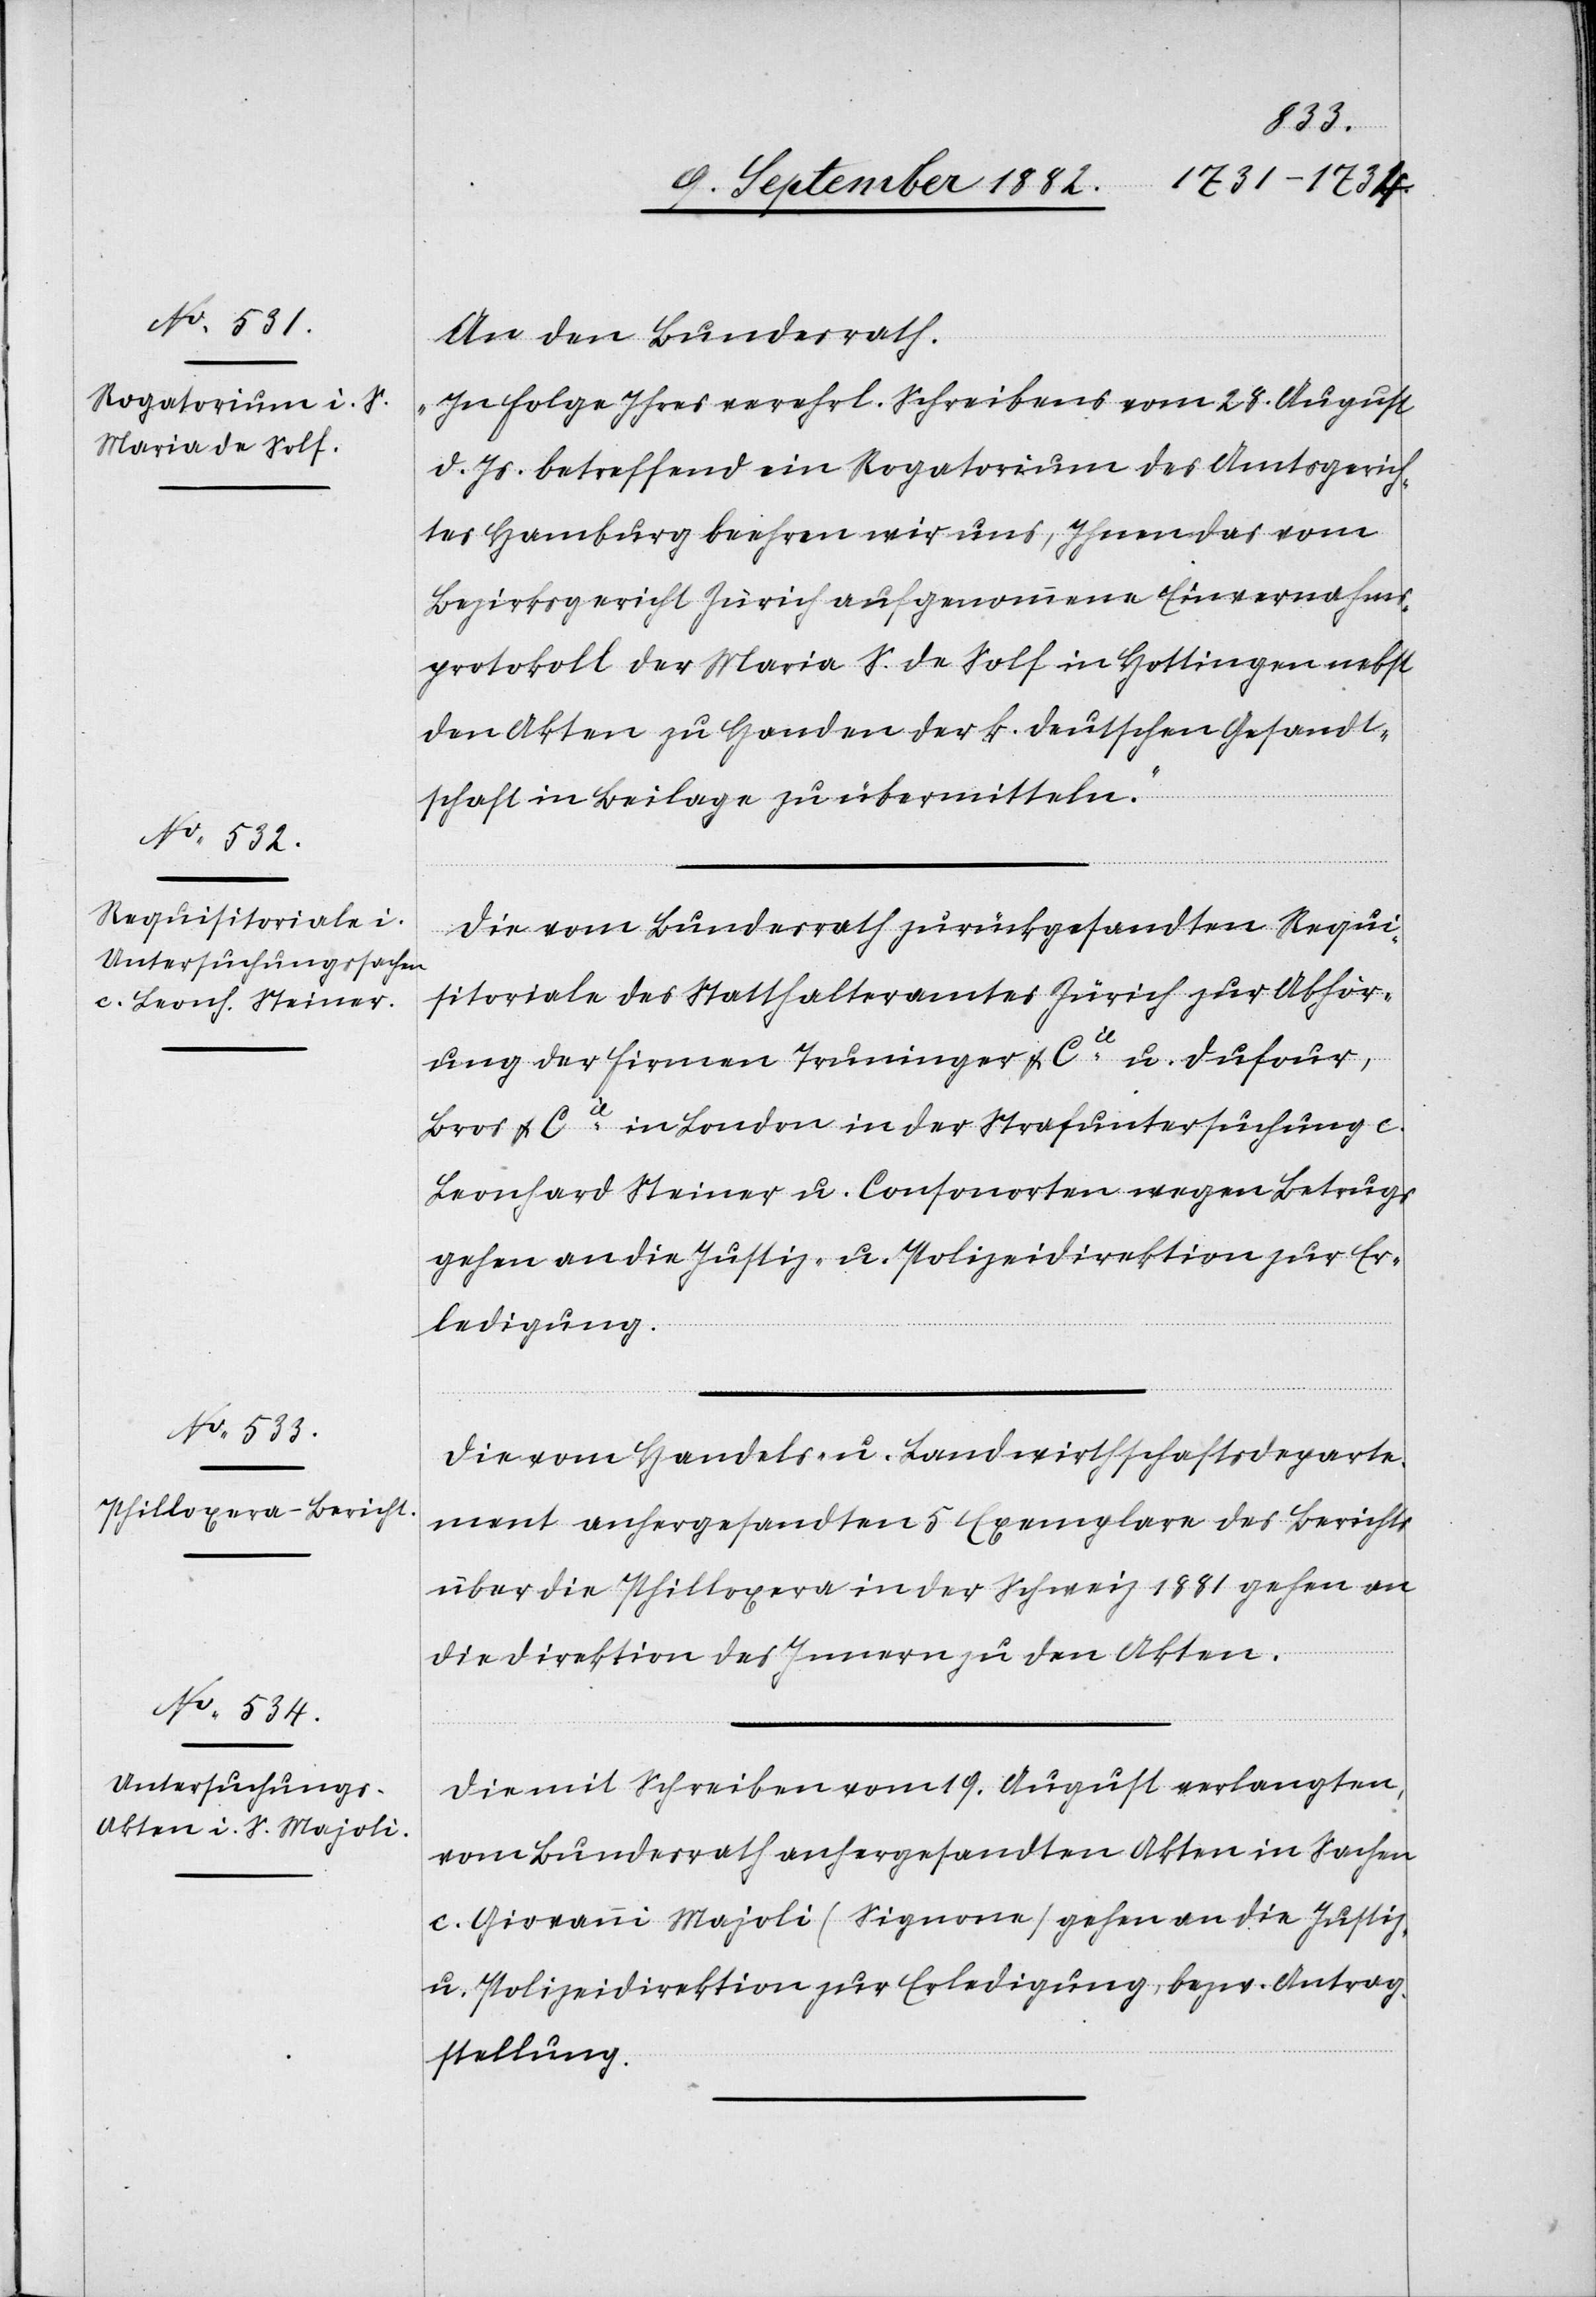
13. September 1882.]
An den Bundesrath:
„In Folge Ihres verehrl. Schreibens vom 28. August
d. Js. betreffend ein Rogatorium des Amtsgerich¬
tes Hamburg beehren wir uns, Ihnen das vom
Bezirksgericht Zürich aufgenommene Einvernahms¬
protokoll der Maria S. de Solf in Hottingen nebst
den Akten zu Handen der k. deutschen Gesandt¬
schaft in Beilage zu übermitteln.“
Die vom Bundesrath zurückgesandten Requi¬
sitoriale des Statthalteramtes Zürich zur Abhör¬
ung der Firmen Truninger & Cie u. Dufour,
Bros & Cie in London in der Strafuntersuchung c.
Leonhard Steiner u. Consorten wegen Betrugs
gehen an die Justiz- u. Polizeidirektion zur Er¬
ledigung.
Die vom Handels- u. Landwirthschaftsdeparte¬
ment anhergesandten 5 Exemplare des Berichts
über die Philloxera in der Schweiz 1881 gehen an
die Direktion des Innern zu den Akten.
Die mit Schreiben vom 19. August verlangten,
vom Bundesrath anhergesandten Akten in Sachen
c. Giovanni Majoli (Signone) gehen an die Justiz-
& Polizeidirektion zur Erledigung, bezw. Antrag¬
stellung.